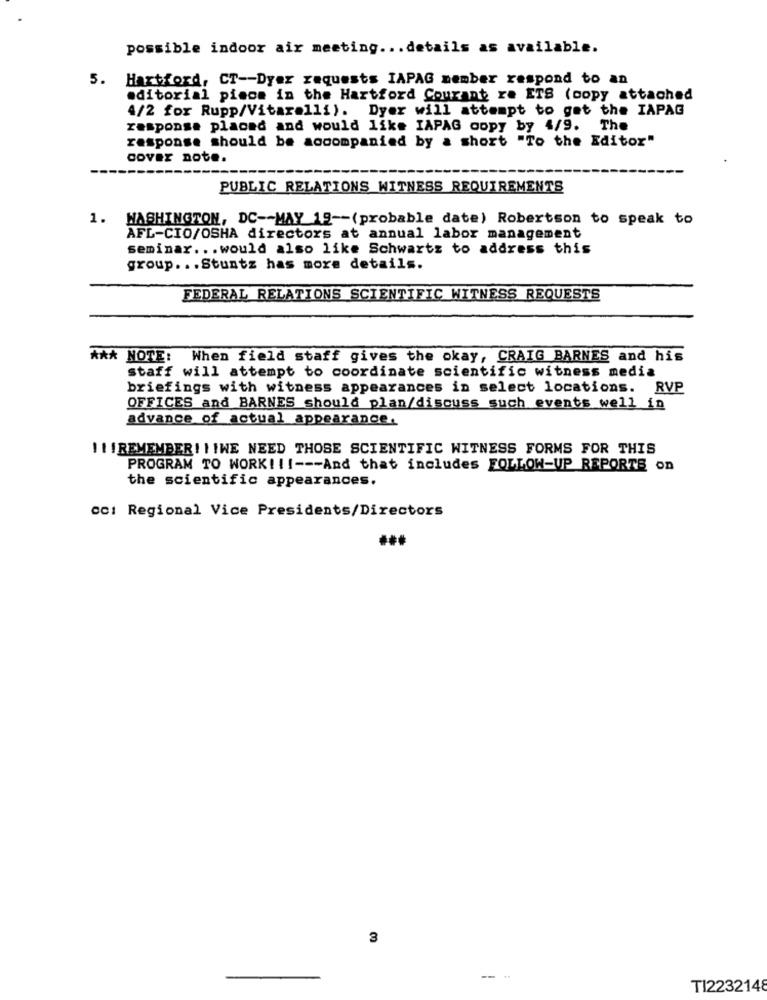
possible indoor air meeting ... details as available.
5.
Hartford, CT -- Dyer requests IAPAG member respond to an
editorial piece in the Hartford Courant ra ETS (copy attached
4/2 for Rupp/Vitaralli). Dyer will attempt to get the IAPAG
response placed and would like IAPAG copy by 4/9. The
response should be accompanied by a short "To the Editor"
cover note.
PUBLIC RELATIONS WITNESS REQUIREMENTS
1. WASHINGTON, DC -- MAY 19 -- (probable date) Robertson to speak to
AFL-CIO/OSHA directors at annual labor management
seminar ... would also like Schwartz to address this
group ... Stuntz has more details.
FEDERAL RELATIONS SCIENTIFIC WITNESS REQUESTS
*** NOTE: When field staff gives the okay, CRAIG BARNES and his
staff will attempt to coordinate scientific witness media
briefings with witness appearances in select locations. RVP
OFFICES and BARNES should plan/discuss such events well in
advance of actual appearance.
II I REMEMBER I I IWE NEED THOSE SCIENTIFIC WITNESS FORMS FOR THIS
PROGRAM TO WORK! !!--- And that includes FOLLOW-UP REPORTS on
the scientific appearances.
cc: Regional Vice Presidents/Directors
3
TI2232148